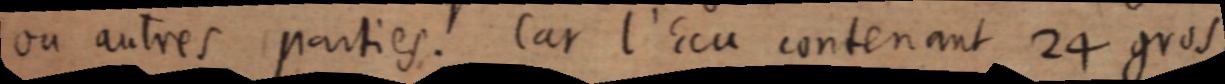
ou autres parties. Car l’Ecu contenant 24 gros,